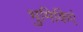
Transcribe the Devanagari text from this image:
भुमिकिएं